Civil Veterinary Dept. Assam report 1927-50 - 1927-1950
Year: 1927
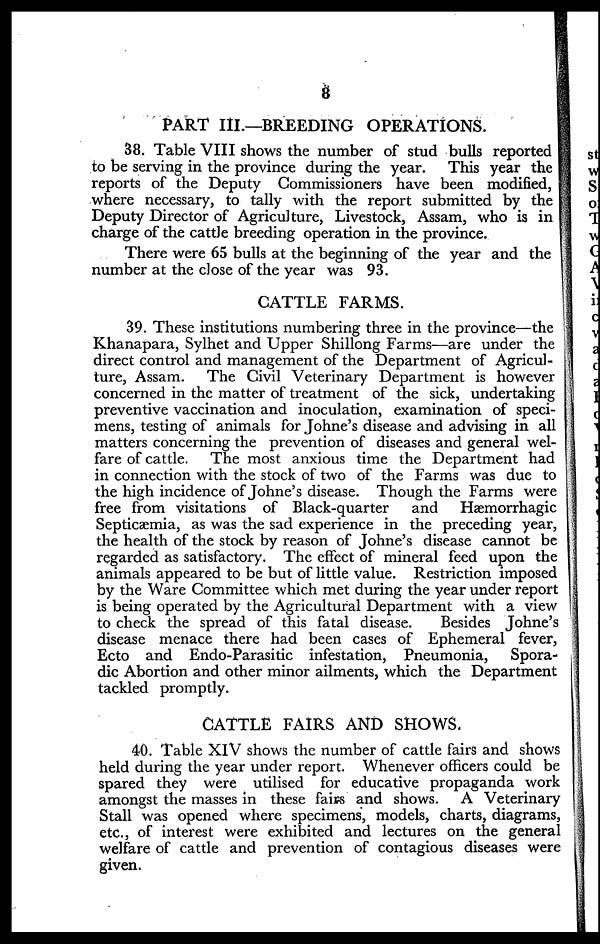
8
PART III.—BREEDING OPERATIONS.
38. Table VIII shows the number of stud bulls reported
to be serving in the province during the year. This year the
reports of the Deputy Commissioners have been modified,
where necessary, to tally with the report submitted by the
Deputy Director of Agriculture, Livestock, Assam, who is in
charge of the cattle breeding operation in the province.
There were 65 bulls at the beginning of the year and the
number at the close of the year was 93.
CATTLE FARMS.
39. These institutions numbering three in the province—the
Khanapara, Sylhet and Upper Shillong Farms—are under the
direct control and management of the Department of Agricul-
ture, Assam. The Civil Veterinary Department is however
concerned in the matter of treatment of the sick, undertaking
preventive vaccination and inoculation, examination of speci-
mens, testing of animals for Johne's disease and advising in all
matters concerning the prevention of diseases and general wel-
fare of cattle. The most anxious time the Department had
in connection with the stock of two of the Farms was due to
the high incidence of Johne's disease. Though the Farms were
free from visitations of Black-quarter
and
Hæmorrhagic
Septicaemia, as was the sad experience in the preceding year,
the health of the stock by reason of Johne's disease cannot be
regarded as satisfactory. The effect of mineral feed upon the
animals appeared to be but of little value. Restriction imposed
by the Ware Committee which met during the year under report
is being operated by the Agricultural Department with a view
to check the spread of this fatal disease.
Besides Johne's
disease menace there had been cases of Ephemeral fever,
Ecto and Endo-Parasitic infestation, Pneumonia,
Spora-
dic Abortion and other minor ailments, which the Department
tackled promptly.
CATTLE FAIRS AND SHOWS.
40. Table XIV shows the number of cattle fairs and shows
held during the year under report. Whenever officers could be
spared they were utilised for educative propaganda work
amongst the masses in these fairs and shows. A Veterinary
Stall was opened where specimens, models, charts, diagrams,
etc., of interest were exhibited and lectures on the general
welfare of cattle and prevention of contagious diseases were
given.